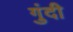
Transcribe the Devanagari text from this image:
गुंदी